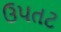
ઉપતટ